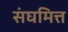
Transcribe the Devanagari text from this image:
संघमित्त